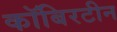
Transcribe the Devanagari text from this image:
कॉबिरटीन